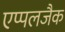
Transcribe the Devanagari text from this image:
एप्पलजैक